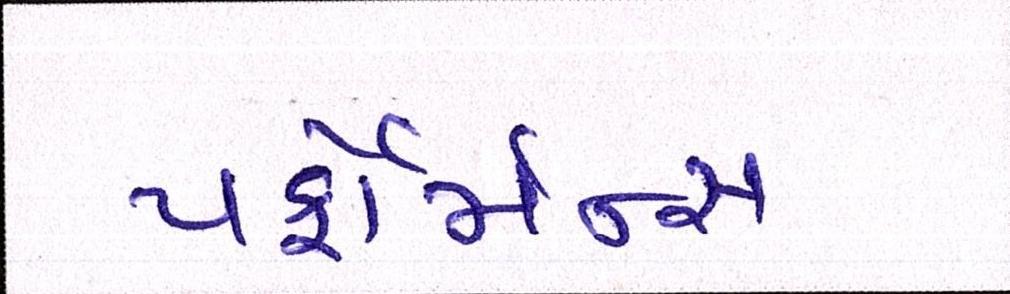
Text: પર્ફોર્મન્સ